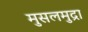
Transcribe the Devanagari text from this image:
मुसलमुद्रा